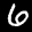
Label: 6